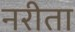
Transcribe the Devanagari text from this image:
नरीता